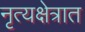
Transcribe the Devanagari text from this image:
नृत्यक्षेत्रात